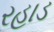
રહાડ